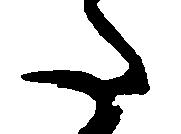
た